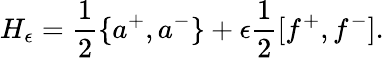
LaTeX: H_{\epsilon}=\frac{1}{2}\{ a^{+},a^{-}\} +\epsilon\frac{1}{2}[f^{+},f^{-}].